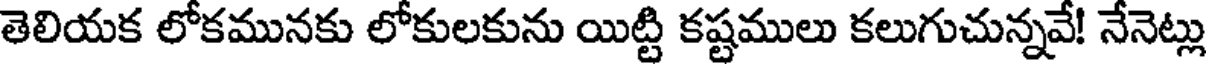
తెలియక లోకమునకు లోకులకును యిట్టి కష్టములు కలుగుచున్నవే! నేనెట్లు